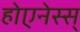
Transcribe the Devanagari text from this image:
होएनेस्स्